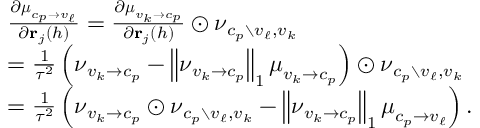
\begin{array} { r l } & { \frac { \partial \boldsymbol { \mu } _ { c _ { p } \to v _ { \ell } } } { \partial \ensuremath { \mathbf { r } } _ { j } ( h ) } = \frac { \partial \boldsymbol { \mu } _ { v _ { k } \to c _ { p } } } { \partial \ensuremath { \mathbf { r } } _ { j } ( h ) } \odot \boldsymbol { \nu } _ { c _ { p } \setminus v _ { \ell } , v _ { k } } } \\ & { = \frac { 1 } { \tau ^ { 2 } } \left( \boldsymbol { \nu } _ { v _ { k } \to c _ { p } } - \left\| \boldsymbol { \nu } _ { v _ { k } \to c _ { p } } \right\| _ { 1 } \boldsymbol { \mu } _ { v _ { k } \to c _ { p } } \right) \odot \boldsymbol { \nu } _ { c _ { p } \setminus v _ { \ell } , v _ { k } } } \\ & { = \frac { 1 } { \tau ^ { 2 } } \left( \boldsymbol { \nu } _ { v _ { k } \to c _ { p } } \odot \boldsymbol { \nu } _ { c _ { p } \setminus v _ { \ell } , v _ { k } } - \left\| \boldsymbol { \nu } _ { v _ { k } \to c _ { p } } \right\| _ { 1 } \boldsymbol { \mu } _ { c _ { p } \to v _ { \ell } } \right) . } \end{array}